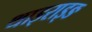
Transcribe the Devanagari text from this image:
थाइराइङ